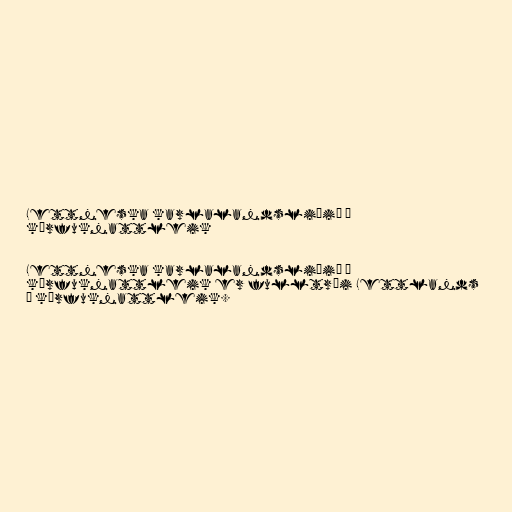
Lettneska karlalandsliðið í
körfuknattleik

Lettneska karlalandsliðið í
körfuknattleik er fulltrúi Lettlands
í körfuknattleik.